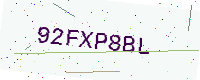
Text: 92FXP8BL